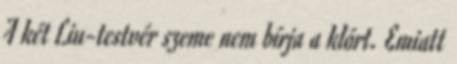
A két Liu-testvér szeme nem bírja a klórt. Emiatt